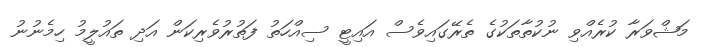
މަޝްވަރާ ކުރެއްވި ނުކުތާތަކުގެ ތެރޭގައިވެސް އައިޓީ ސިއްހަތު ފަތުރުވެރިކަން އަދި ތައުލީމު ހިމެނުނު